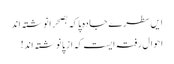
ایں سطرے جادہ پا کہ بصحرا نوشتہ اند
احوالِ رفتہ ایست کہ از پا نوشتہ اند!